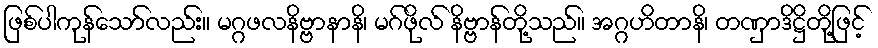
ဖြစ်ပါကုန်သော်လည်း။ မဂ္ဂဖလနိဗ္ဗာနာနိ၊ မဂ်ဖိုလ် နိဗ္ဗာန်တို့သည်။ အဂ္ဂဟိတာနိ၊ တဏှာဒိဋ္ဌိတို့ဖြင့်